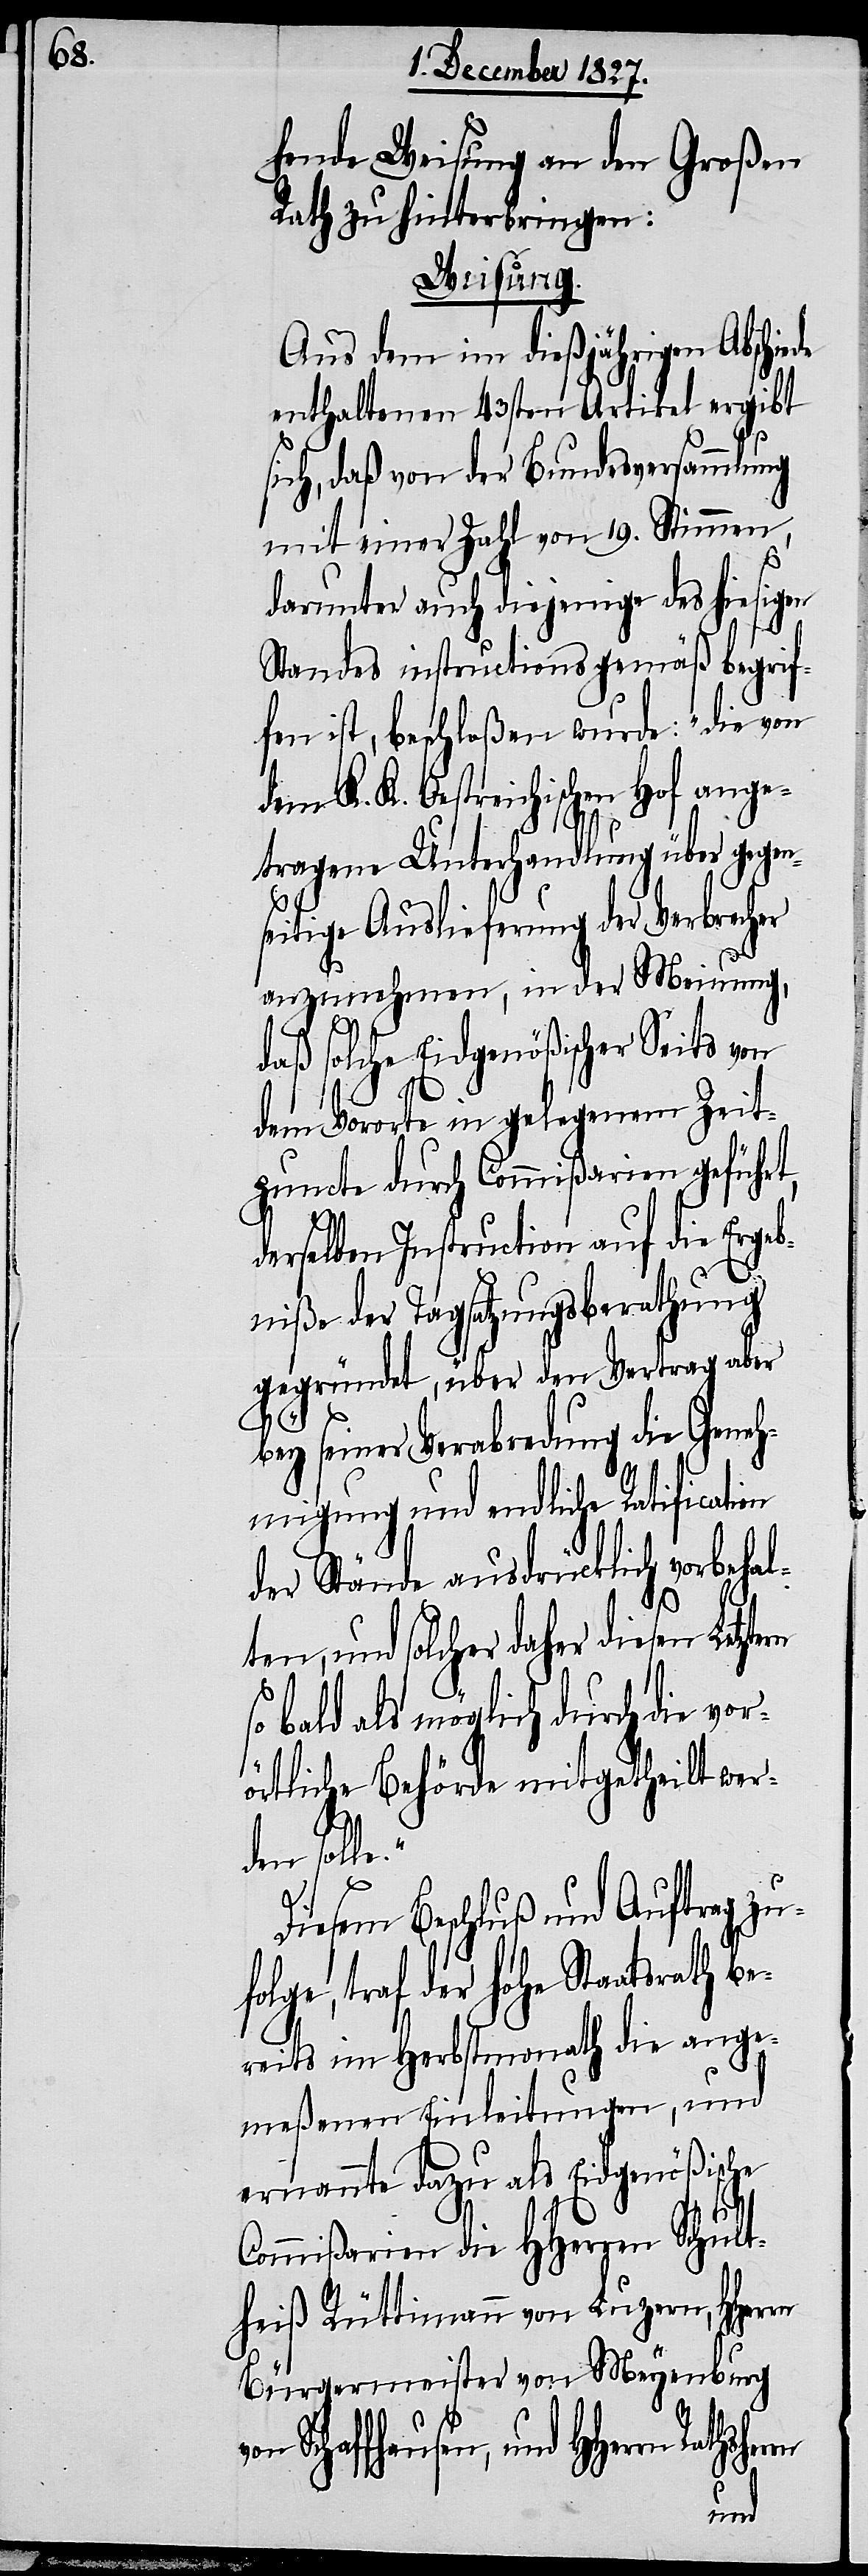
hende Weisung an den Großen
Rathe zu hinterbringen:
Weisung.
Aus dem im dießjährigen Abschiede
enthaltenen 43sten Artikel ergibt
sich, daß von der Bundesversammlung
mit einer Zahl von 19. Stimmen,
darunter auch diejenige des hiesigen
Standes instructionsgemäß begrif¬
fen ist, beschloßen wurde: „die von
dem K. K. Oestreichischen Hof ange¬
tragene Unterhandlung über gegen¬
seitige Auslieferung der Verbrecher
anzunehmen, in der Meinung,
daß solche Eidgenößischer Seits von
dem Vorort in gelegenem Zeit¬
puncte durch Commißionen geführt,
derselben Instruction auf die Ergeb¬
niße der Tagsatzungsberathung
gegründet, über den Vertrag aber
bey seiner Verabredung die Geneh¬
migung und endliche Ratification
der Stände ausdrücklich vorbehal¬
ten, und solcher daher diesen
so bald als möglich durch die vor¬
örtliche Behörde mitgetheilt wer¬
den soll¬
e.“
Diesem Beschluß und Auftrag zu¬
folge, traf der hohe Staatsrath be¬
reits im Herbstmonath die ange¬
meßenen Einleitungen, und
ernannte dazu als Eidgenößische
vo¬
Commißarien die HHerren Schult¬
heiß Rüttimann von Luzern, HHerrn
Bürgermeister von Meyenburg
n Schaffhausen, und HHerrn